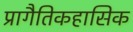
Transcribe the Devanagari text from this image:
प्रागैतिकहासिक